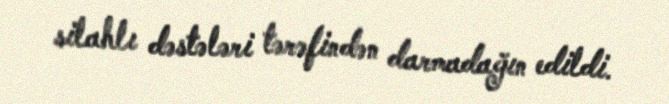
silahlı dəstələri tərəfindən darmadağın edildi.